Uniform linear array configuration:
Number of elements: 16
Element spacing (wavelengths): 0.75
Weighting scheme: exponential
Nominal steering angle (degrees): -30
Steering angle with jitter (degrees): -31.163
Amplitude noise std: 0.05
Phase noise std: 0.05

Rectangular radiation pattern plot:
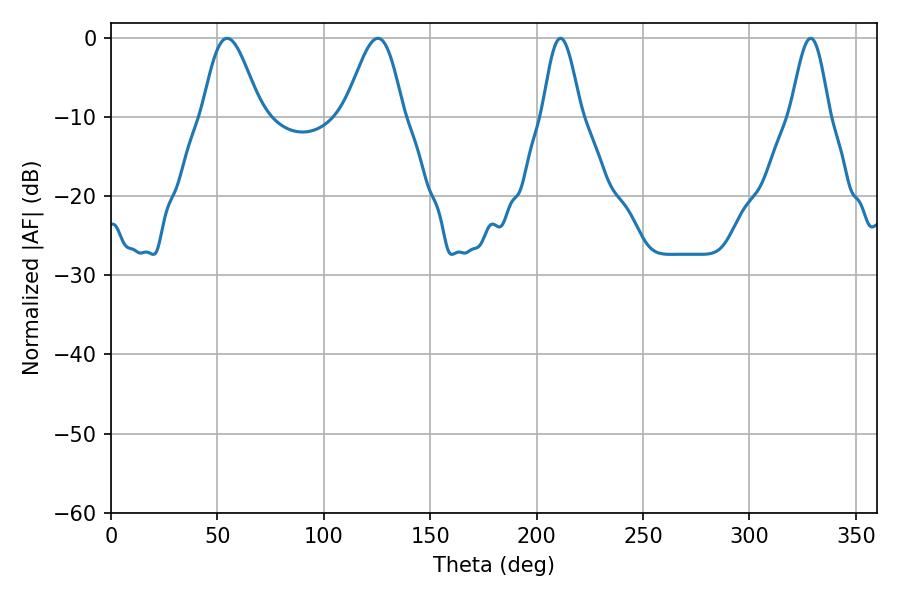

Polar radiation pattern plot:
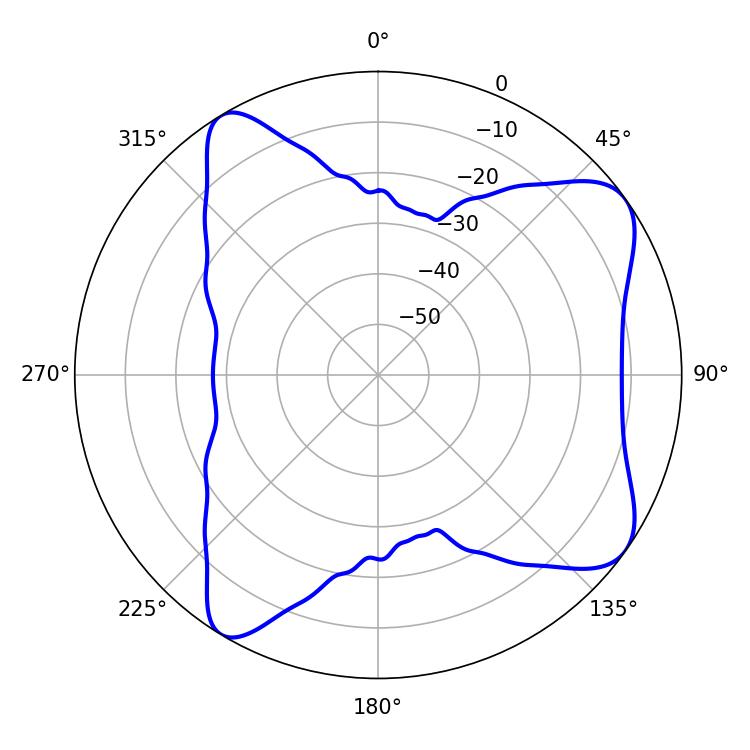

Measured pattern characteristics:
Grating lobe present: TRUE
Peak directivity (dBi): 8.135
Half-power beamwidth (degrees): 14.58
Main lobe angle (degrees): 54.54